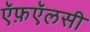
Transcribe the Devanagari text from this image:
ऍफ़ऍलसी